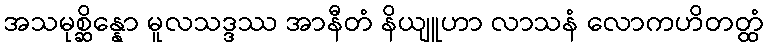
အသမုစ္ဆိန္နော မူလသဒ္ဒဿ အာနီတံ နိယျူဟာ လာသနံ လောကဟိတတ္ထံ